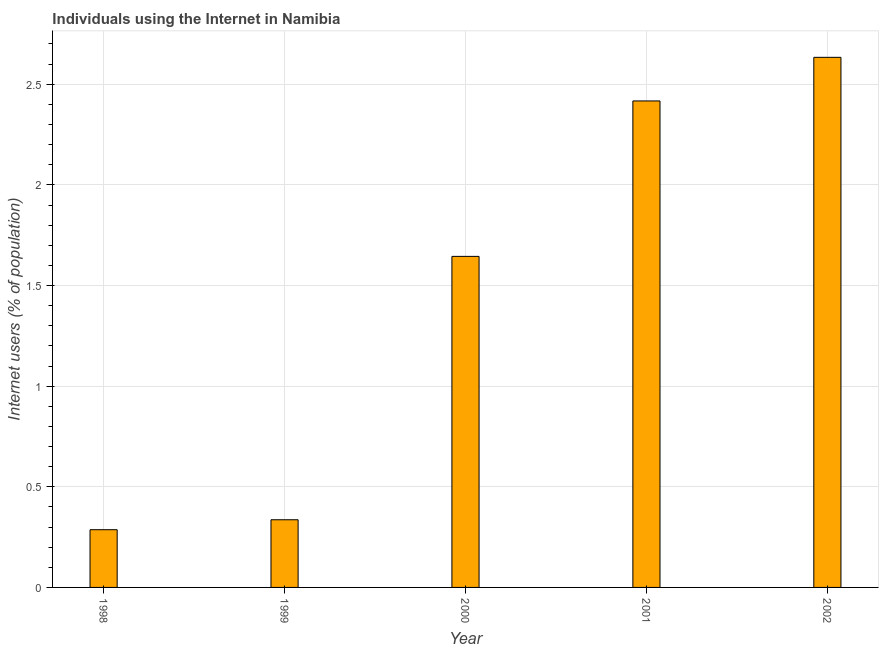
| Year | Internet users |
 | --- | --- |
 | 1998 | 0.287 |
 | 1999 | 0.336 |
 | 2000 | 1.64 |
 | 2001 | 2.42 |
 | 2002 | 2.63 |